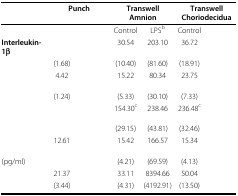
<table><thead><tr><td>[EMPTY_CELL]</td><td colspan="2"><b>Punch</b></td><td colspan="2"><b>Transwell Amnion</b></td><td colspan="2"><b>Transwell Choriodecidua</b></td></tr></thead><tbody><tr><td>[EMPTY_CELL]</td><td>[EMPTY_CELL]</td><td>[EMPTY_CELL]</td><td>Control</td><td>LPS<sup>b</sup></td><td>Control</td><td>[EMPTY_CELL]</td></tr><tr><td><b>Interleukin-1β</b></td><td>[EMPTY_CELL]</td><td>[EMPTY_CELL]</td><td>30.54</td><td>203.10</td><td>36.72</td><td>[EMPTY_CELL]</td></tr><tr><td>[EMPTY_CELL]</td><td>(1.68)</td><td>[EMPTY_CELL]</td><td>(10.40)</td><td>(81.60)</td><td>(18.91)</td><td>[EMPTY_CELL]</td></tr><tr><td>[EMPTY_CELL]</td><td>4.42</td><td>[EMPTY_CELL]</td><td>15.22</td><td>80.34</td><td>23.75</td><td>[EMPTY_CELL]</td></tr><tr><td>[EMPTY_CELL]</td><td>(1.24)</td><td>[EMPTY_CELL]</td><td>(5.33)</td><td>(30.10)</td><td>(7.33)</td><td>[EMPTY_CELL]</td></tr><tr><td>[EMPTY_CELL]</td><td>[EMPTY_CELL]</td><td>[EMPTY_CELL]</td><td>154.30<sup>c</sup></td><td>238.46</td><td>236.48<sup>c</sup></td><td>[EMPTY_CELL]</td></tr><tr><td>[EMPTY_CELL]</td><td>[EMPTY_CELL]</td><td>[EMPTY_CELL]</td><td>(29.15)</td><td>(43.81)</td><td>(32.46)</td><td>[EMPTY_CELL]</td></tr><tr><td>[EMPTY_CELL]</td><td>12.61</td><td>[EMPTY_CELL]</td><td>15.42</td><td>166.57</td><td>15.34</td><td>[EMPTY_CELL]</td></tr><tr><td>(pg/ml)</td><td>[EMPTY_CELL]</td><td>[EMPTY_CELL]</td><td>(4.21)</td><td>(69.59)</td><td>(4.13)</td><td>[EMPTY_CELL]</td></tr><tr><td>[EMPTY_CELL]</td><td>21.37</td><td>[EMPTY_CELL]</td><td>33.11</td><td>8394.66</td><td>50.04</td><td>[EMPTY_CELL]</td></tr><tr><td>[EMPTY_CELL]</td><td>(3.44)</td><td>[EMPTY_CELL]</td><td>(4.31)</td><td>(4192.91)</td><td>(13.50)</td><td>[EMPTY_CELL]</td></tr></tbody></table>